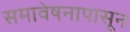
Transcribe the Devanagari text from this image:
समावेषनापासून